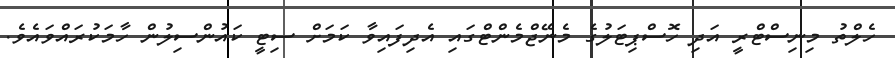
ހެލްތު މިނިސްޓްރީ އަދި ހޮސްޕިޓަލުގެ މެނޭޖްމެންޓްގައި އެދިފައިވާ ކަމަށް ސިޓީ ކައުންސިލުން ހާމަކުރައްވައެވެ.